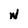
Character: W